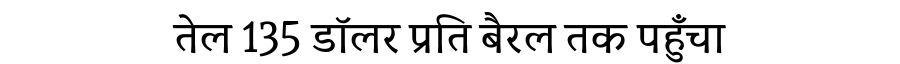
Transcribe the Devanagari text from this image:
तेल 135 डॉलर प्रति बैरल तक पहुँचा